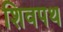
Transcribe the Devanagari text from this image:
शिवपथ